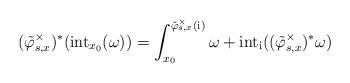
LaTeX: \begin{align*}(\tilde\varphi_{s,x}^\times)^*(\mathrm{int}_{x_0}(\omega))=\int_{x_0}^{\tilde\varphi_{s,x}^\times(\mathrm i)}\omega+\mathrm{int}_{\mathrm i}((\tilde\varphi_{s,x}^\times)^*\omega) \end{align*}